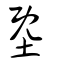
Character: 墍